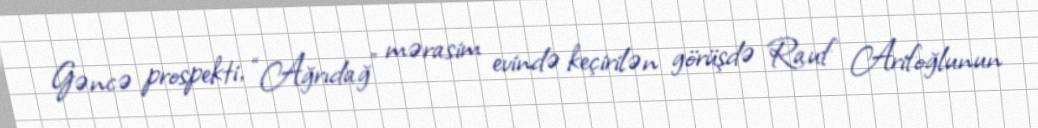
Gəncə prospekti, “Ağrıdağ” mərasim evində keçirilən görüşdə Rauf Arifoğlunun